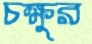
চক্ষুর